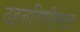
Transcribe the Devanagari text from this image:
दहनविधीनंतर